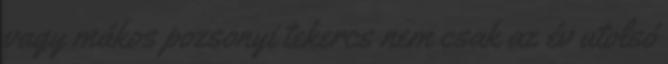
vagy mákos pozsonyi tekercs nem csak az év utolsó